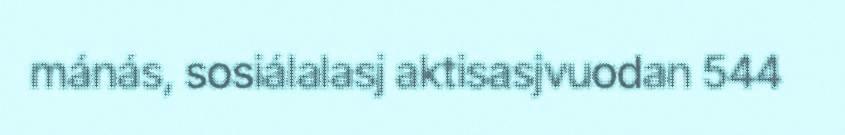
mánás, sosiálalasj aktisasjvuodan 544